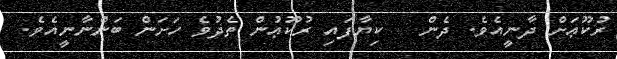
ރުކޫޢަށް ދާނީއެވެ. ދެން   ކިޔާފައި ރުކޫޢުން ތެދުވެ ހަށަން ބަންނާނީއެވެ.